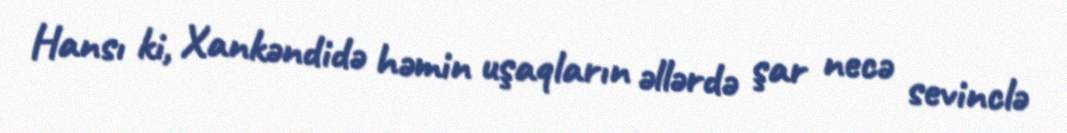
Hansı ki, Xankəndidə həmin uşaqların əllərdə şar necə sevinclə